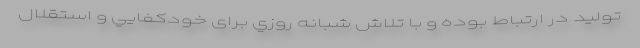
توليد در ارتباط بوده و با تلاش شبانه روزي برای خودكفایي و استقلال